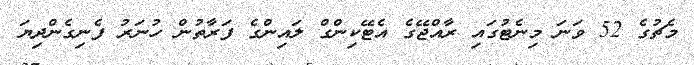
މެޗުގެ 52 ވަނަ މިނެޓުގައި ރާއްޖޭގެ އެޓޭކިންގް ލައިންގެ ފަރާތުން ހުނަރު ފެނިގެންދިޔަ